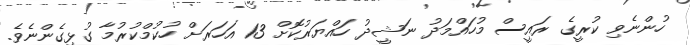
ހުންނެވި ކުރީގެ ރައީސް މުހައްމަދު ނަޝީދު ހައްޔަރުކޮށް 13 އަހަރަށް ހުކުމްކުރުމާ ގުޅިގެންނެވެ.